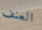
العنف